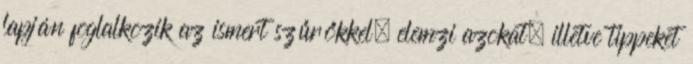
lapján foglalkozik az ismert szűrőkkel, elemzi azokat, illetve tippeket